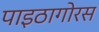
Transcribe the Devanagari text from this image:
पाइठागोरस